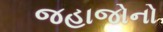
જહાજોનો